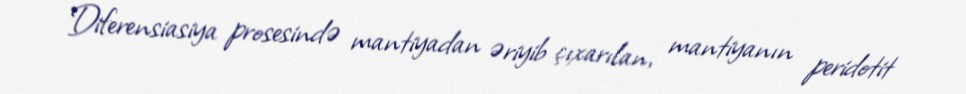
Diferensiasiya prosesində mantiyadan əriyib çıxarılan, mantiyanın peridotit